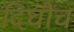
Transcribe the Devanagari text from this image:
दिघौंच